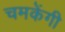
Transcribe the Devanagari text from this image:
चमकेंगी